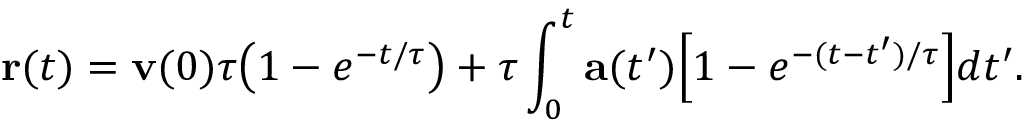
\mathbf { r } ( t ) = \mathbf { v } ( 0 ) \tau { \big ( } 1 - e ^ { - t / \tau } { \big ) } + \tau \int _ { 0 } ^ { t } \mathbf { a } ( t ^ { \prime } ) { \Big [ } 1 - e ^ { - ( t - t ^ { \prime } ) / \tau } { \Big ] } d t ^ { \prime } .